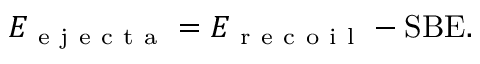
E _ { \mathrm { ~ e ~ j ~ e ~ c ~ t ~ a ~ } } = E _ { \mathrm { ~ r ~ e ~ c ~ o ~ i ~ l ~ } } - \mathrm { S B E } .